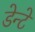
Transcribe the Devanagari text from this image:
डेन्टे